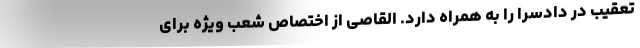
تعقیب در دادسرا را به همراه دارد. القاصی از اختصاص شعب ویژه برای